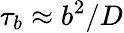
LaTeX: \tau_{b}\approx b^{2}/D